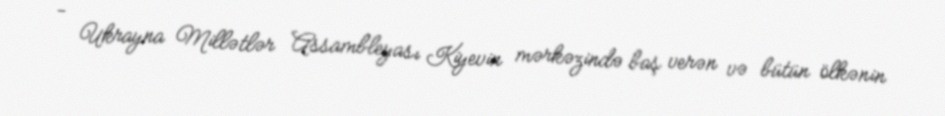
- Ukrayna Millətlər Assambleyası Kiyevin mərkəzində baş verən və bütün ölkənin